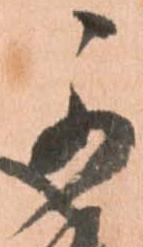
可